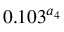
0 . 1 0 3 ^ { a _ { 4 } }